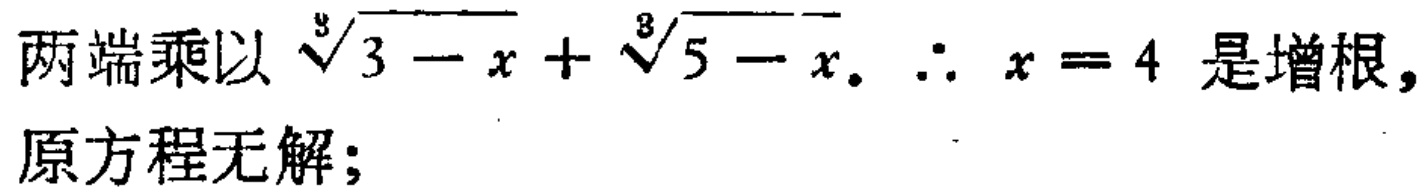
两端乘以\(\sqrt[3]{3 - x}+\sqrt[3]{5 - x}\)。\(\therefore x = 4\) 是增根，原方程无解；